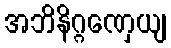
အဘိနိဂ္ဂဏှေယျ